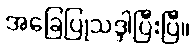
အခြေပြုသဒ္ဒါပြီးပြီ။